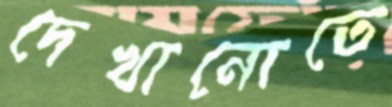
দেখানোতে